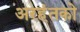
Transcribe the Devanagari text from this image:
अरहंतको